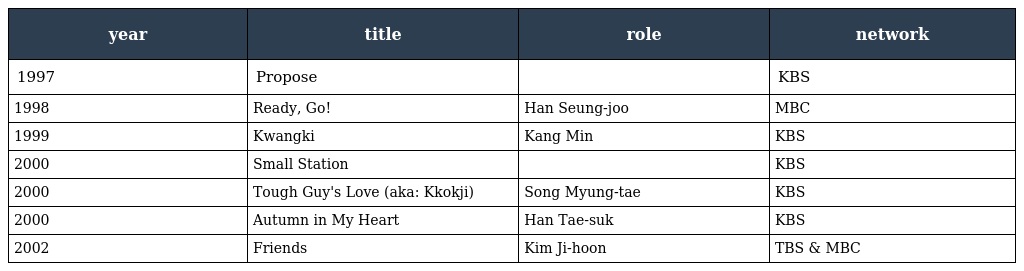
| year | title | role | network |
 | --- | --- | --- | --- |
 | 1997 | Propose |  | KBS |
 | 1998 | Ready, Go! | Han Seung-joo | MBC |
 | 1999 | Kwangki | Kang Min | KBS |
 | 2000 | Small Station |  | KBS |
 | 2000 | Tough Guy's Love (aka: Kkokji) | Song Myung-tae | KBS |
 | 2000 | Autumn in My Heart | Han Tae-suk | KBS |
 | 2002 | Friends | Kim Ji-hoon | TBS & MBC |